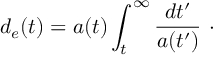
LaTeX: d _ { e } ( t ) = a ( t ) \int _ { t } ^ { \infty } \frac { d t ^ { \prime } } { a ( t ^ { \prime } ) } ~ \cdot